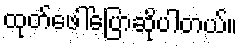
ထုတ်ဖေါ်ပြောဆိုပါတယ်။